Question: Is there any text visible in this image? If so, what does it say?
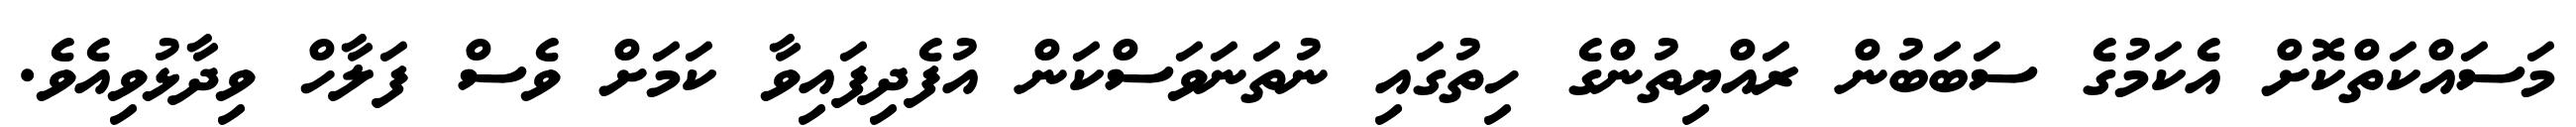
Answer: މަސައްކަތްކޮށް އެކަމުގެ ސަބަބުން ރައްޔިތުންގެ ހިތުގައި ނުތަނަވަސްކަން އުފެދިފައިވާ ކަމަށް ވެސް ފަލާހް ވިދާޅުވިއެވެ.